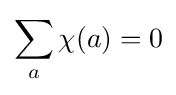
\sum _{a}\chi (a)=0